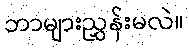
ဘာများညွှန်းမလဲ။